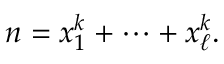
n = x _ { 1 } ^ { k } + \cdots + x _ { \ell } ^ { k } .